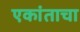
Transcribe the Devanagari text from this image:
एकांताचा